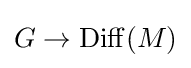
G\to \mathrm {Diff} (M)